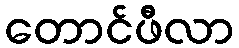
တောင်ဖီလာ